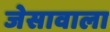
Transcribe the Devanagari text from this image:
जेसावाला